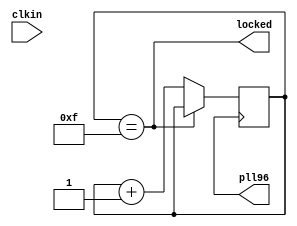

`timescale 1ps/1ps

module PLL
(
    input  wire clkin,   // 25 MHz, 0 deg
    output wire pll96,   // 96 MHz, 0 deg
    output wire locked
);

    reg  clk1 = 0;
    always #5208 clk1 = !clk1;

    assign pll96  = clk1;
    
    reg [3:0] ctr = 0;
    assign locked = (ctr==4'hf);
    
    always @(posedge clk1) begin
      if (!locked) ctr <= ctr + 1;
    end

endmodule